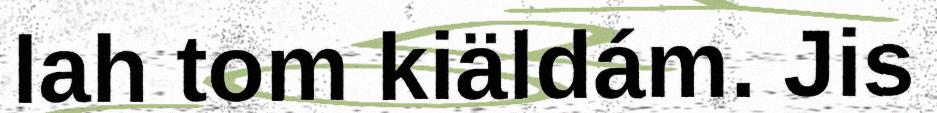
lah tom kiäldám. Jis